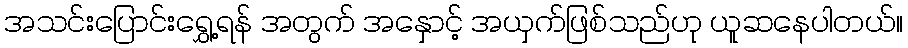
အသင်းပြောင်းရွှေ့ရန် အတွက် အနှောင့် အယှက်ဖြစ်သည်ဟု ယူဆနေပါတယ်။